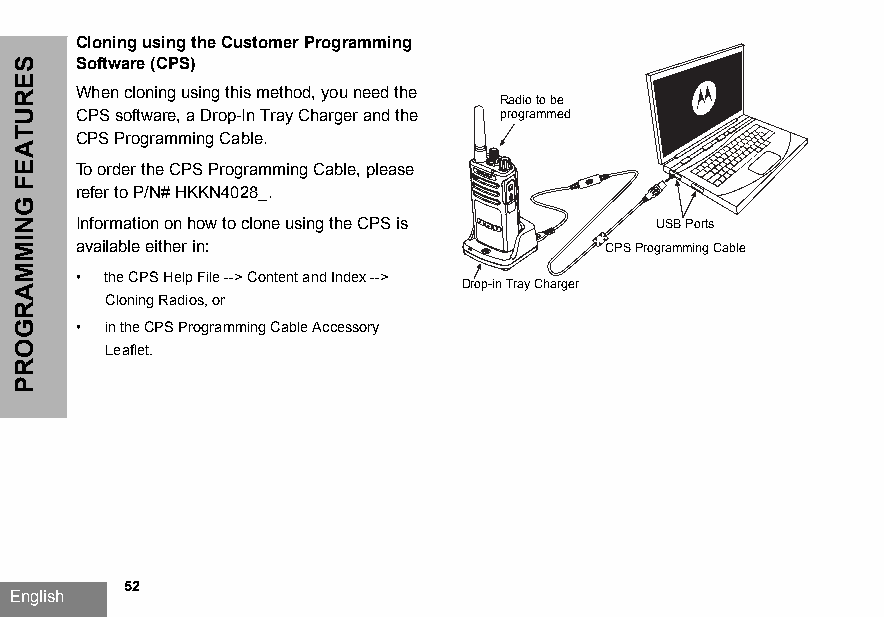
Cloning using the Customer Programming
 Software (CPS)
 When cloning using this method, you need the
 Radio to be
 CPS software, a Drop-In Tray Charger and the programmed
 CPS Programming Cable.
 To order the CPS Programming Cable, please
 refer to P/N# HKKN4028_.
 Information on how to clone using the CPS is USB Ports
 available either in:               CPS Programming Cable
 • the CPS Help File --> Content and Index -->
 Drop-in Tray Charger
 Cloning Radios, or
 • in the CPS Programming Cable Accessory
 Leaflet.
 52
 English
 SERUTAEF
 GNIMMARGORP